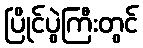
ပြိုင်ပွဲကြီးတွင်